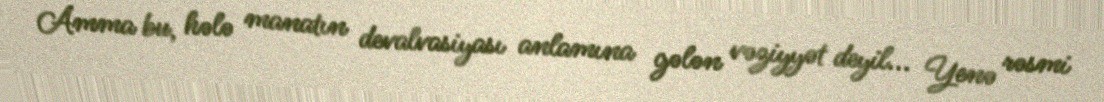
Amma bu, hələ manatın devalvasiyası anlamına gələn vəziyyət deyil... Yenə rəsmi